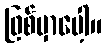
ဖြစ်မှာပေါ့။